Report on horse surra - Volume I
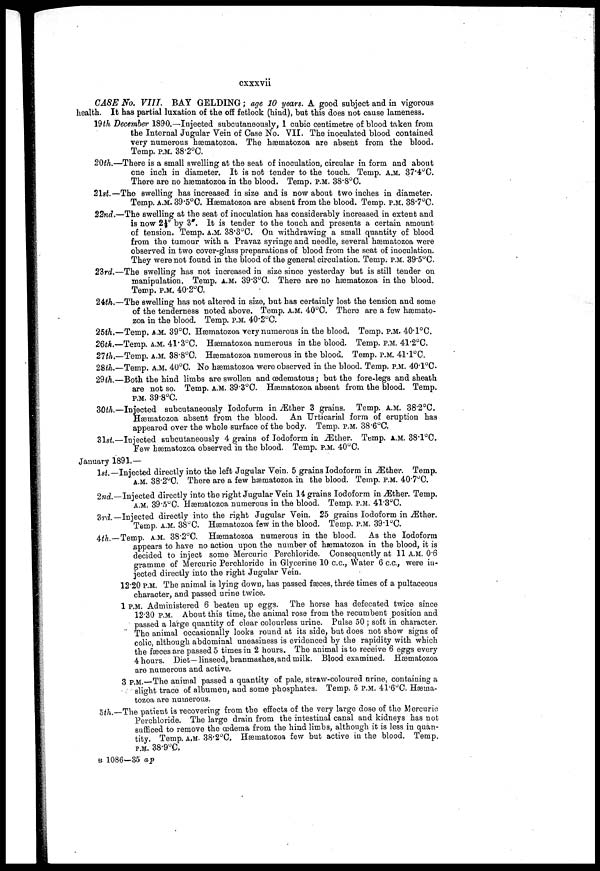
cxxxvii
CASE No. VIII.
BAY GELDING; age 10 years. A good subject and in vigorous
health. It has partial luxation of the off fetlock (hind), but this does not cause lameness.
19th December 1890.—Injected subcutaneously, 1 cubic centimetre of blood taken from
the Internal Jugular Vein of Case No. VII. The inoculated blood contained
very numerous hæmatozoa. The hæmatozoa are absent from the blood.
Temp. P.M. 38.2°C.
20th.—There is a small swelling at the seat of inoculation, circular in form and about
one inch in diameter. It is not tender to the touch. Temp. A.M. 37.4°C.
There are no hæmatozoa in the blood. Temp. P.M. 38.8°C.
21st.—The swelling has increased in size and is now about two inches in diameter.
Temp. A.M. 39.5°C. Hæmatozoa are absent from the blood. Temp. P.M. 38.7°C.
22nd.—The swelling at the seat of inoculation has considerably increased in extent and
is now 2½" by 3". It is tender to the touch and presents a certain amount
of tension. Temp. A.M. 38.3°C. On withdrawing a small quantity of blood
from the tumour with a Pravaz syringe and needle, several hæmatozoa were
observed in two cover-glass preparations of blood from the seat of inoculation.
They were not found in the blood of the general circulation. Temp. P.M. 39.5°C.
23rd.—The swelling has not increased in size since yesterday but is still tender on
manipulation. Temp, A.M. 39.3°C. There are no hæmatozoa in the blood.
Temp. P.M. 40.2°C.
24th.—The swelling has not altered in size, but has certainly lost the tension and some
of the tenderness noted above. Temp. A.M. 40°C. There are a few hæmato-
zoa in the blood. Temp. P.M. 40.2°C.
25th.—Temp. A.M. 39°C. Hæmatozoa very numerous in the blood. Temp. P.M. 40.1°C.
26th.—Temp. A.M. 41.3°C. Hæmatozoa numerous in the blood. Temp. P.M. 41.2°C.
21th.—Temp. A.M. 38.8°C. Hæmatozoa numerous in the blood. Temp. P.M. 41.1°C.
28th.—Temp. A.M. 40°C. No hæmatozoa were observed in the blood. Temp. P.M. 40.1°C.
29th.—Both the hind limbs are swollen and œdernatous; but the fore-legs and sheath
are not so. Temp. A.M. 39.3°C. Hæmatozoa absent from the blood. Temp.
P.M. 39.8°C.
30th.—Injected subcutaneously Iodoform in Æther 3 grains. Temp. A.M. 38.2°C.
Hæmatozoa absent from the blood. An Urticarial form of eruption has
appeared over the whole surface of the body. Temp. P.M. 38.6°C.
31st.—Injected subcutaneously 4 grains of Iodoform in Æther. Temp. A.M. 38.l°C.
Few hæmatozoa observed in the blood. Temp. P.M. 40°C.
January 1891.—
1st.— Injected directly into the left Jugular Vein. 5 grains Iodoform in Æther. Temp.
A.M. 38.2°C. There are a few hæmatozoa in the blood. Temp. P.M. 40.7°C.
2nd.—Injected directly into the right Jugular Vein 14 grains Iodoform in Æther. Temp.
A.M. 39.5°C. Hæmatozoa numerous in the blood. Temp. P.M. 41.3°C.
3rd—Injected directly into the right Jugular Vein. 25 grains Iodoform in Æther.
Temp. A.M. 38°C. Hæmatozoa few in the blood. Temp. P.M. 39.1°C.
4th—Temp, A.M. 38.2°C. Hæmatozoa numerous in the blood. As the Iodoform
appears to have no action upon the number of hæmatozoa in the blood, it is
decided to inject some Mercuric Perchloride. Consequently at 11 A.M. 0.6
gramme of Mercuric Perchloride in Glycerine 10 c.c, Water 6 c.c, were in-
jected directly into the right Jugular Vein.
12.20 P.M. The animal is lying down, has passed faeces, three times of a pultaceous
character, and passed urine twice.
1 P.M. Administered 6 beaten up eggs. The horse has defecated twice since
12.30 P.M. About this time, the animal rose from the recumbent position and
passed a large quantity of clear colourless urine. Pulse 50 ; soft in character.
The animal occasionally looks round at its side, but does not show signs of
colic, although abdominal uneasiness is evidenced by the rapidity with which
the faeces are passed 5 times in 2 hours. The animal is to receive 6 eggs every
4 hours. Diet—linseed, branmashes, and milk. Blood examined. Hæmatozoa
are numerous and active,
3 P.M.—The animal passed a quantity of pale, straw-coloured urine, containing a
slight trace of albumen, and some phosphates. Temp. 5 P.M. 41.6°C. Hæma-
tozoa are numerous.
5M._The patient is recovering from the effects of the very large dose of the Mercuric
Perchloride. The large drain from the intestinal canal and kidneys has not
sufficed to remove the œdema from the hind limbs, although it is less in quan-
tity. Temp. A.M. 38.2°C. Hæmatozoa few but active in the blood. Temp.
P.M. 38.9°C.
B 1086—35 ap